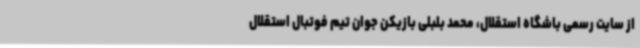
از سایت رسمی باشگاه استقلال، محمد بلبلی بازیکن جوان تیم فوتبال استقلال